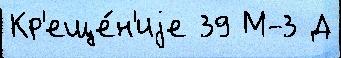
Кр'еще́н'иjе 39 М-3 Д